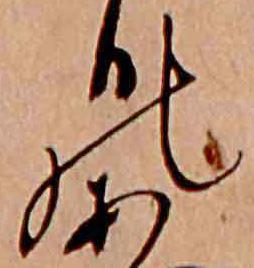
の